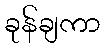
ခုန်ချကာ